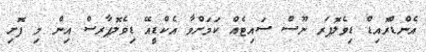
އެންޑްރޮއިޑް ޑިވެލޮޕަރ ނޫސް ސައިޓެއް ކަމަށްވާ އެކްޑީއޭ ޑިވެލޮޕާރސް އިން މި ފޮށި